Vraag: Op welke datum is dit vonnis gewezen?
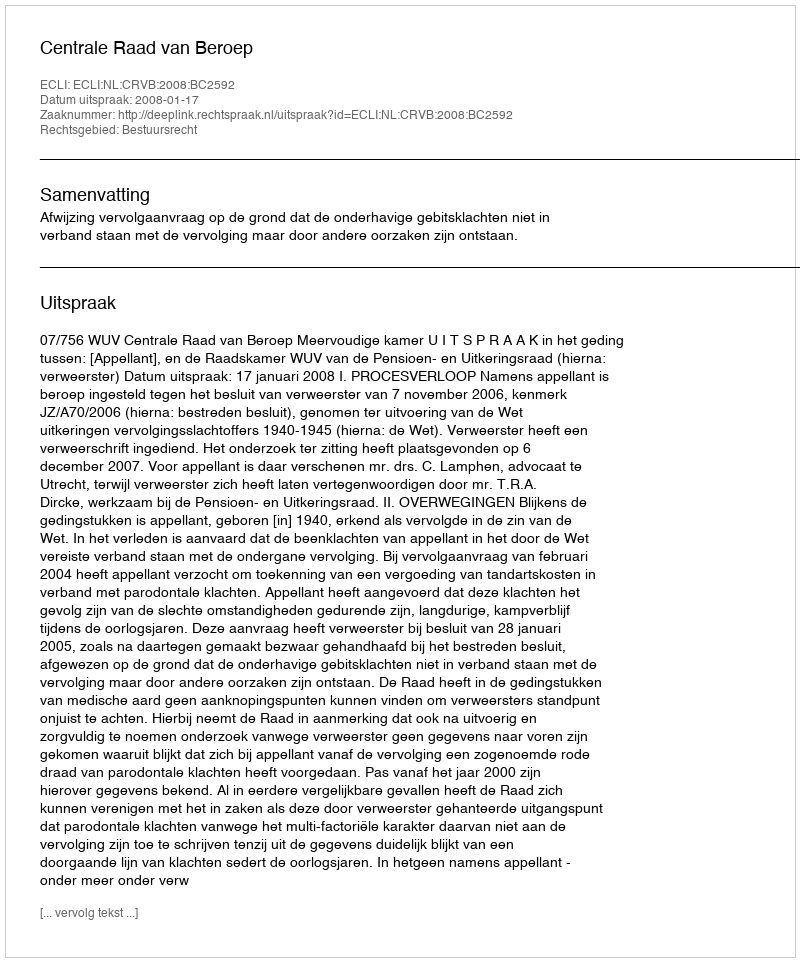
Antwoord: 2008-01-17